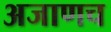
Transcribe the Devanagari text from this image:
अजाणच